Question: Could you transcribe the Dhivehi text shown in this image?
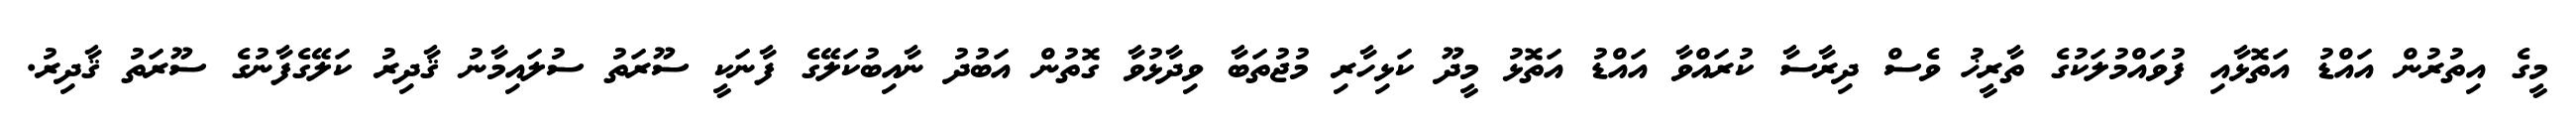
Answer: މީގެ އިތުރުން އައްޑު އަތޮޅާއި ފުވައްމުލަކުގެ ތާރީޚު ވެސް ދިރާސާ ކުރައްވާ އައްޑު އަތޮޅު މީދޫ ކަޅިހާރި މުޖުތަބާ ވިދާޅުވާ ގޮތުން އަބުދު ނާއިބުކަލޭގެ ފާނަކީ ސޫރަތު ސުލައިމާނު ޤާދިރު ކަލޭގެފާނުގެ ސޫރަތު ޤާދިރު.